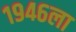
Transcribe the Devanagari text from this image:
१९४६ला